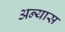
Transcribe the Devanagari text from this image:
अन्यास